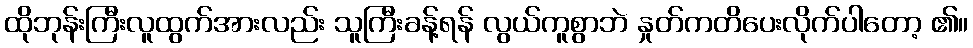
ထိုဘုန်းကြီးလူထွက်အားလည်း သူကြီးခန့်ရန် လွယ်ကူစွာဘဲ နှုတ်ကတိပေးလိုက်ပါတော့ ၏။